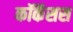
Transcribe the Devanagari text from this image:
कॉकॅसस